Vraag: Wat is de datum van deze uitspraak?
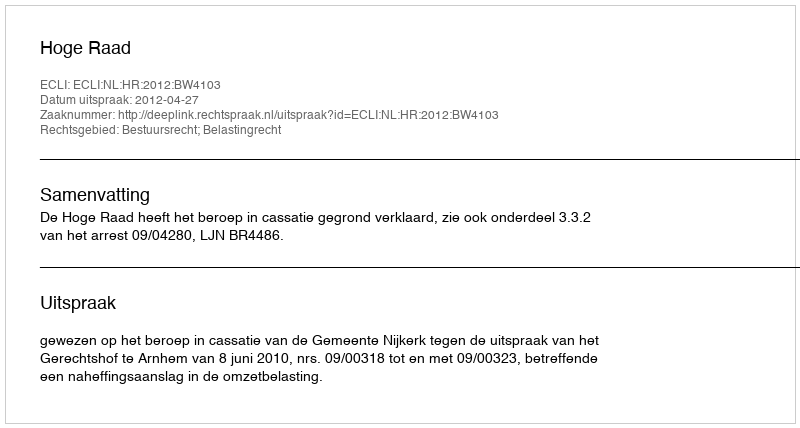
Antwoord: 2012-04-27